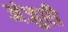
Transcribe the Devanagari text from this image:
अंजुरी